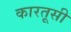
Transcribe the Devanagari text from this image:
कारतूसी